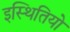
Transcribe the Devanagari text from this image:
इस्थितियो